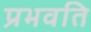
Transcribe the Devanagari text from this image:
प्रभवति